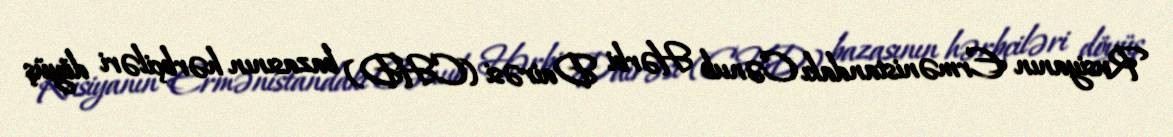
Rusiyanın Ermənistandakı Cənub Hərbi Dairəsi (CHD) bazasının hərbçiləri döyüş